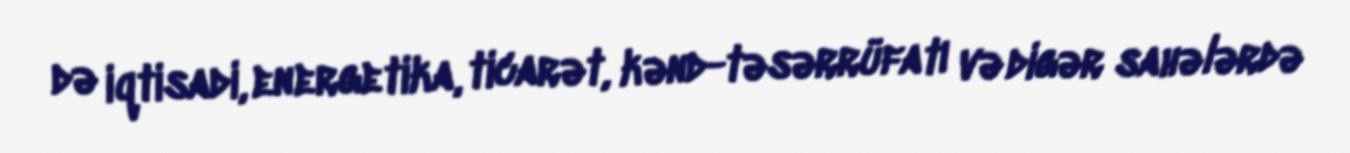
də iqtisadi, energetika, ticarət, kənd-təsərrüfatı və digər sahələrdə